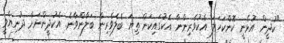
"ކުދީން އުޅެނީ ކޮންކަހަލަ އެކުވެރިންނާ އެކުގައިކަން ތިޔަ ބެލެވެރިން ބަލާންވާނެ. އެކުދީންނަށް ދުނިޔެވީ